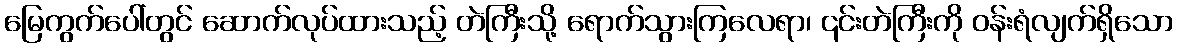
မြေကွက်ပေါ်တွင် ဆောက်လုပ်ထားသည့် တဲကြီးသို့ ရောက်သွားကြလေရာ၊ ၎င်းတဲကြီးကို ဝန်းရံလျက်ရှိသော